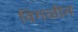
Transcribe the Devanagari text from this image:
विगळीत